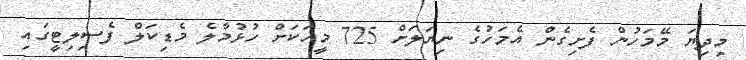
މިދިޔަ މޭމަހުން ފެށިގެން އެމަހުގެ ނިޔަލަށް 725 މީހަކަށް ހުޅުމާލެ މެޑިކަލް ފެސިލިޓީގައި